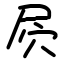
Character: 屄